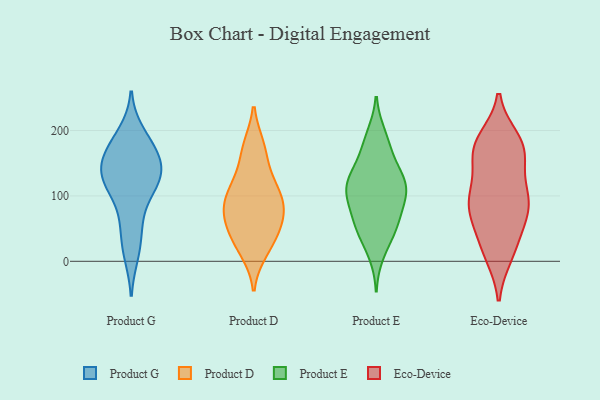
{"axis": {"x": "Headcount", "y": "Value"}, "legend": ["Eco-Device", "Product D", "Product E", "Product G"], "data": [{"x": "", "y": 168, "type": "Product G"}, {"x": "", "y": 136, "type": "Product G"}, {"x": "", "y": 120, "type": "Product G"}, {"x": "", "y": 142, "type": "Product G"}, {"x": "", "y": 121, "type": "Product G"}, {"x": "", "y": 157, "type": "Product G"}, {"x": "", "y": 175, "type": "Product G"}, {"x": "", "y": 196, "type": "Product G"}, {"x": "", "y": 42, "type": "Product G"}, {"x": "", "y": 11, "type": "Product G"}, {"x": "", "y": 75, "type": "Product G"}, {"x": "", "y": 117, "type": "Product G"}, {"x": "", "y": 116, "type": "Product D"}, {"x": "", "y": 84, "type": "Product D"}, {"x": "", "y": 102, "type": "Product D"}, {"x": "", "y": 70, "type": "Product D"}, {"x": "", "y": 168, "type": "Product D"}, {"x": "", "y": 78, "type": "Product D"}, {"x": "", "y": 117, "type": "Product D"}, {"x": "", "y": 174, "type": "Product D"}, {"x": "", "y": 30, "type": "Product D"}, {"x": "", "y": 17, "type": "Product D"}, {"x": "", "y": 40, "type": "Product D"}, {"x": "", "y": 64, "type": "Product D"}, {"x": "", "y": 12, "type": "Product E"}, {"x": "", "y": 105, "type": "Product E"}, {"x": "", "y": 148, "type": "Product E"}, {"x": "", "y": 42, "type": "Product E"}, {"x": "", "y": 129, "type": "Product E"}, {"x": "", "y": 111, "type": "Product E"}, {"x": "", "y": 55, "type": "Product E"}, {"x": "", "y": 126, "type": "Product E"}, {"x": "", "y": 63, "type": "Product E"}, {"x": "", "y": 165, "type": "Product E"}, {"x": "", "y": 46, "type": "Product E"}, {"x": "", "y": 102, "type": "Product E"}, {"x": "", "y": 91, "type": "Product E"}, {"x": "", "y": 115, "type": "Product E"}, {"x": "", "y": 193, "type": "Product E"}, {"x": "", "y": 71, "type": "Product E"}, {"x": "", "y": 116, "type": "Product E"}, {"x": "", "y": 185, "type": "Product E"}, {"x": "", "y": 157, "type": "Eco-Device"}, {"x": "", "y": 14, "type": "Eco-Device"}, {"x": "", "y": 184, "type": "Eco-Device"}, {"x": "", "y": 66, "type": "Eco-Device"}, {"x": "", "y": 65, "type": "Eco-Device"}, {"x": "", "y": 97, "type": "Eco-Device"}, {"x": "", "y": 96, "type": "Eco-Device"}, {"x": "", "y": 49, "type": "Eco-Device"}, {"x": "", "y": 95, "type": "Eco-Device"}, {"x": "", "y": 186, "type": "Eco-Device"}, {"x": "", "y": 109, "type": "Eco-Device"}, {"x": "", "y": 177, "type": "Eco-Device"}, {"x": "", "y": 19, "type": "Eco-Device"}, {"x": "", "y": 161, "type": "Eco-Device"}, {"x": "", "y": 171, "type": "Eco-Device"}, {"x": "", "y": 165, "type": "Eco-Device"}, {"x": "", "y": 86, "type": "Eco-Device"}, {"x": "", "y": 10, "type": "Eco-Device"}, {"x": "", "y": 94, "type": "Eco-Device"}]}